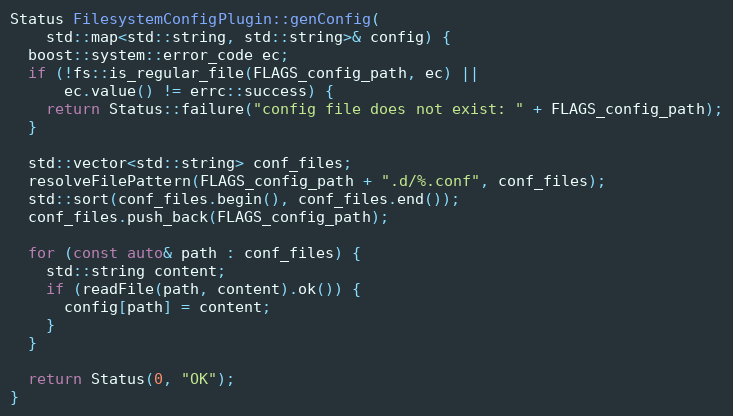
Language: C++
Status FilesystemConfigPlugin::genConfig(
    std::map<std::string, std::string>& config) {
  boost::system::error_code ec;
  if (!fs::is_regular_file(FLAGS_config_path, ec) ||
      ec.value() != errc::success) {
    return Status::failure("config file does not exist: " + FLAGS_config_path);
  }

  std::vector<std::string> conf_files;
  resolveFilePattern(FLAGS_config_path + ".d/%.conf", conf_files);
  std::sort(conf_files.begin(), conf_files.end());
  conf_files.push_back(FLAGS_config_path);

  for (const auto& path : conf_files) {
    std::string content;
    if (readFile(path, content).ok()) {
      config[path] = content;
    }
  }

  return Status(0, "OK");
}